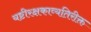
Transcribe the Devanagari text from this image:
यष्टीरक्षकाव्यतिरीक्त